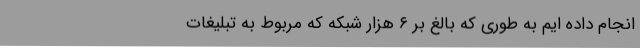
انجام داده ایم به طوری که بالغ بر ۶ هزار شبکه که مربوط به تبلیغات